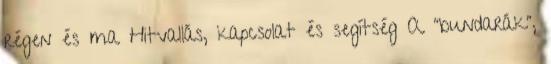
régen és ma Hitvallás, kapcsolat és segítség A "bundarák",